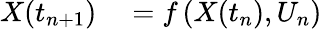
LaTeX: \begin{array}{rl}{X(t_{n+1})}&{{}=f\left(X(t_{n}),U_{n}\right)}\end{array}